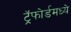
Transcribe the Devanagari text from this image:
ट्रॅफोर्डमध्ये